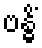
ဗန္ဓိံ